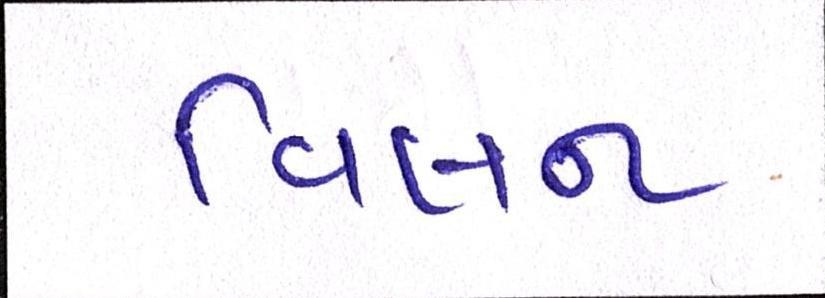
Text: વિલન